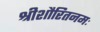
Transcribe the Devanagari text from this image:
श्रीशौरितनमः